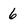
Character: 6